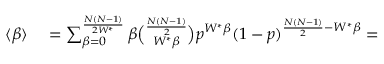
\begin{array} { r l } { \langle \beta \rangle } & { { } = \sum _ { \beta = 0 } ^ { \frac { N ( N - 1 ) } { 2 W ^ { * } } } \beta \binom { \frac { N ( N - 1 ) } { 2 } } { W ^ { * } \beta } p ^ { W ^ { * } \beta } ( 1 - p ) ^ { \frac { N ( N - 1 ) } { 2 } - W ^ { * } \beta } = } \end{array}